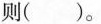
则()。